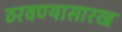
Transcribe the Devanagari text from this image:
ठरवण्यासारख